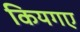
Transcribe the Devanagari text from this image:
कियगए